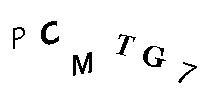
PCMTG7